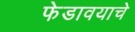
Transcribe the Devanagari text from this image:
फेडावयाचे